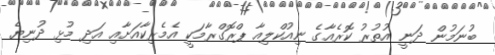
ބުނަމުން ދަނީ އުތުރު ކޮރެއާގެ ނިއުކްލިއާ ޕްރޮގްރާމަކީ އެމެރިކާއަށާއި އަދި މުޅި ދުނިޔެ